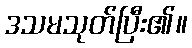
ဒသမသုတ်ပြီး၏။